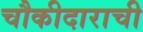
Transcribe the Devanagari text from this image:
चौकीदाराची